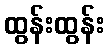
ထွန်းထွန်း